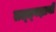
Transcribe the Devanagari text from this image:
तत्त्‍वज्ञानी